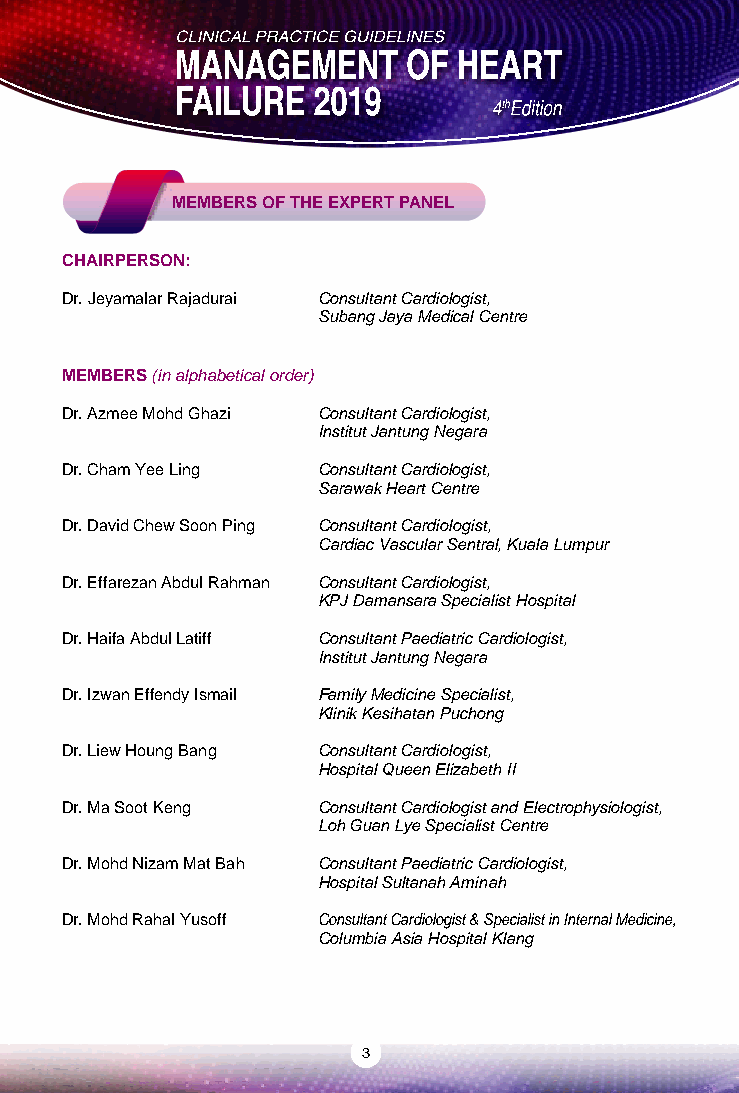
MEMBERS OF THE EXPERT PANEL
 CHAIRPERSON:
 Dr. Jeyamalar Rajadurai Consultant Cardiologist,                 Ms. Nirmala Jagan  Clinical Pharmacist,
 Subang Jaya Medical Centre                                         Hospital Kuala Lumpur
 Dr. K. Sree Raman  Consultant Physician
 MEMBERS (in alphabetical order)                                                     Chief Executive Officer,
 NSCMH Medical Centre, Negeri Sembilan
 Dr. Azmee Mohd Ghazi Consultant Cardiologist,
 Institut Jantung Negara                         Dr. Sunita Bavanandan Consultant Nephrologist,
 Hospital Kuala Lumpur
 Dr. Cham Yee Ling Consultant Cardiologist,
 Sarawak Heart Centre                            Dr. Vengketeswara Rao Seetharaman Family Medicine Specialist,
 Klinik Kesihatan Kalumpang, Selangor
 Dr. David Chew Soon Ping Consultant Cardiologist,
 Cardiac Vascular Sentral, Kuala Lumpur          Dr. Wan Azman Wan Ahmad Consultant Cardiologist,
 Pusat Perubatan Universiti Malaya
 Dr. Effarezan Abdul Rahman Consultant Cardiologist,
 KPJ Damansara Specialist Hospital
 Dr. Haifa Abdul Latiff Consultant Paediatric Cardiologist,
 Institut Jantung Negara
 Dr. Izwan Effendy Ismail Family Medicine Specialist,
 Klinik Kesihatan Puchong
 Dr. Liew Houng Bang Consultant Cardiologist,
 Hospital Queen Elizabeth II
 Dr. Ma Soot Keng Consultant Cardiologist and Electrophysiologist,
 Loh Guan Lye Specialist Centre
 Dr. Mohd Nizam Mat Bah Consultant Paediatric Cardiologist,
 Hospital Sultanah Aminah
 Dr. Mohd Rahal Yusoff Consultant Cardiologist & Specialist in Internal Medicine,
 Columbia Asia Hospital Klang
 3